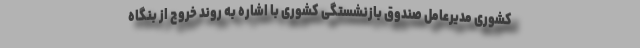
کشوری مدیرعامل صندوق بازنشستگی کشوری با اشاره به روند خروج از بنگاه